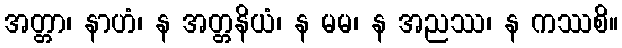
အတ္တာ၊ နာဟံ၊ န အတ္တနိယံ၊ န မမ၊ န အညဿ၊ န ကဿစိ။